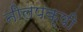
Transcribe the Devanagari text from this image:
नीलपक्षी